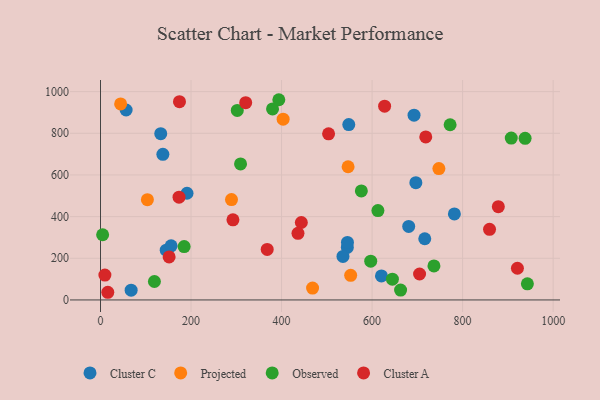
{"axis": {"x": "Ad Spend", "y": "Yield"}, "legend": ["Cluster A", "Cluster C", "Observed", "Projected"], "data": [{"x": "620.7", "y": 115.3, "type": "Cluster C"}, {"x": "545.3", "y": 252.3, "type": "Cluster C"}, {"x": "145.2", "y": 238.9, "type": "Cluster C"}, {"x": "56.6", "y": 911.8, "type": "Cluster C"}, {"x": "716.4", "y": 293.8, "type": "Cluster C"}, {"x": "692.7", "y": 887.1, "type": "Cluster C"}, {"x": "137.8", "y": 699.0, "type": "Cluster C"}, {"x": "67.7", "y": 46.8, "type": "Cluster C"}, {"x": "781.8", "y": 413.0, "type": "Cluster C"}, {"x": "696.7", "y": 563.1, "type": "Cluster C"}, {"x": "156.0", "y": 259.8, "type": "Cluster C"}, {"x": "680.9", "y": 352.9, "type": "Cluster C"}, {"x": "545.6", "y": 276.0, "type": "Cluster C"}, {"x": "535.7", "y": 208.9, "type": "Cluster C"}, {"x": "191.1", "y": 512.2, "type": "Cluster C"}, {"x": "133.1", "y": 798.1, "type": "Cluster C"}, {"x": "548.5", "y": 841.8, "type": "Cluster C"}, {"x": "403.5", "y": 867.6, "type": "Projected"}, {"x": "747.6", "y": 630.5, "type": "Projected"}, {"x": "547.0", "y": 639.3, "type": "Projected"}, {"x": "289.4", "y": 481.7, "type": "Projected"}, {"x": "552.7", "y": 118.2, "type": "Projected"}, {"x": "103.6", "y": 481.5, "type": "Projected"}, {"x": "468.5", "y": 57.0, "type": "Projected"}, {"x": "44.5", "y": 940.7, "type": "Projected"}, {"x": "938.1", "y": 775.6, "type": "Observed"}, {"x": "663.0", "y": 47.5, "type": "Observed"}, {"x": "644.9", "y": 99.6, "type": "Observed"}, {"x": "943.1", "y": 77.3, "type": "Observed"}, {"x": "576.3", "y": 523.1, "type": "Observed"}, {"x": "772.4", "y": 841.0, "type": "Observed"}, {"x": "736.7", "y": 163.3, "type": "Observed"}, {"x": "612.9", "y": 428.8, "type": "Observed"}, {"x": "184.8", "y": 256.4, "type": "Observed"}, {"x": "119.1", "y": 88.6, "type": "Observed"}, {"x": "302.2", "y": 909.7, "type": "Observed"}, {"x": "380.1", "y": 916.8, "type": "Observed"}, {"x": "597.0", "y": 185.9, "type": "Observed"}, {"x": "4.7", "y": 313.0, "type": "Observed"}, {"x": "309.4", "y": 652.7, "type": "Observed"}, {"x": "394.0", "y": 961.1, "type": "Observed"}, {"x": "907.5", "y": 777.1, "type": "Observed"}, {"x": "859.5", "y": 339.2, "type": "Cluster A"}, {"x": "16.1", "y": 36.8, "type": "Cluster A"}, {"x": "443.7", "y": 371.8, "type": "Cluster A"}, {"x": "921.1", "y": 152.2, "type": "Cluster A"}, {"x": "704.9", "y": 124.6, "type": "Cluster A"}, {"x": "368.3", "y": 242.6, "type": "Cluster A"}, {"x": "174.5", "y": 951.6, "type": "Cluster A"}, {"x": "9.7", "y": 119.6, "type": "Cluster A"}, {"x": "173.5", "y": 493.2, "type": "Cluster A"}, {"x": "878.9", "y": 447.8, "type": "Cluster A"}, {"x": "503.9", "y": 797.5, "type": "Cluster A"}, {"x": "320.8", "y": 947.0, "type": "Cluster A"}, {"x": "292.6", "y": 384.8, "type": "Cluster A"}, {"x": "436.3", "y": 319.8, "type": "Cluster A"}, {"x": "627.7", "y": 930.2, "type": "Cluster A"}, {"x": "151.6", "y": 206.4, "type": "Cluster A"}, {"x": "718.6", "y": 782.7, "type": "Cluster A"}]}